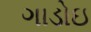
ગાડોઇ